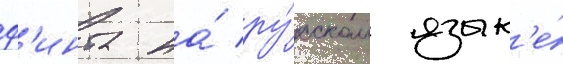
ф'инта на́ ру́сском язык'е́